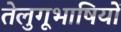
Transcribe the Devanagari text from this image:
तेलुगूभाषियों